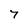
Character: 7